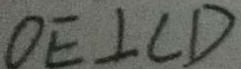
O E \bot C D